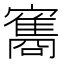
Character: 𮱠